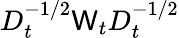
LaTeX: D_{t}^{-1/2}\mathsf{W}_{t}D_{t}^{-1/2}